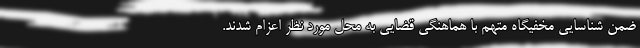
ضمن شناسایی مخفیگاه متهم با هماهنگی قضایی به محل مورد نظر اعزام شدند.